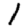
Digit: 1